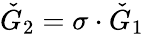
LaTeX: \check{G}_{2}=\sigma\cdot\check{G}_{1}